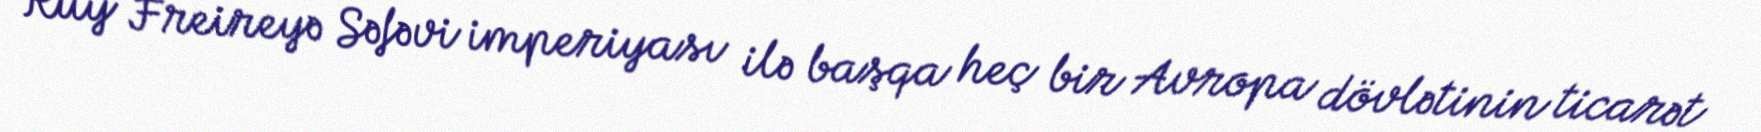
Ruy Freireyə Səfəvi imperiyası ilə başqa heç bir Avropa dövlətinin ticarət